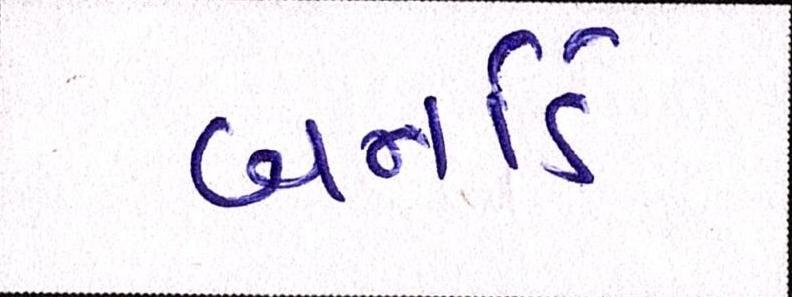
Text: બર્નાર્ડ